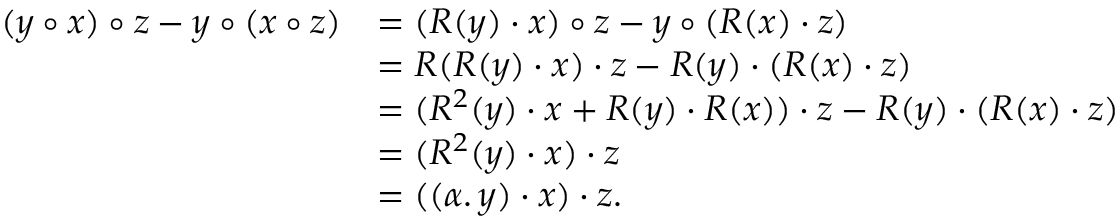
\begin{array} { r l } { ( y \circ x ) \circ z - y \circ ( x \circ z ) } & { = ( R ( y ) \cdot x ) \circ z - y \circ ( R ( x ) \cdot z ) } \\ & { = R ( R ( y ) \cdot x ) \cdot z - R ( y ) \cdot ( R ( x ) \cdot z ) } \\ & { = ( R ^ { 2 } ( y ) \cdot x + R ( y ) \cdot R ( x ) ) \cdot z - R ( y ) \cdot ( R ( x ) \cdot z ) } \\ & { = ( R ^ { 2 } ( y ) \cdot x ) \cdot z } \\ & { = ( ( \alpha . \, y ) \cdot x ) \cdot z . } \end{array}